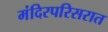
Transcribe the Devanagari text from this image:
मंदिरपरिसरात